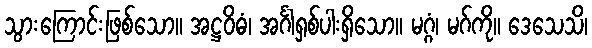
သွားကြောင်းဖြစ်သော။ အဋ္ဌဝိဓံ၊ အင်္ဂါရှစ်ပါးရှိသော။ မဂ္ဂံ၊ မဂ်ကို။ ဒေသေသိ၊